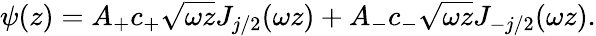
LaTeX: \psi(z)=A_{+}c_{+}\sqrt{\omega z}J_{j/2}(\omega z)+A_{-}c_{-}\sqrt{\omega z}J_{-j/2}(\omega z).